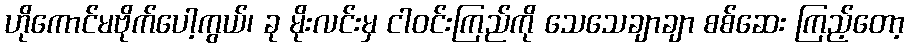
ဟိုကောင်မဗိုက်ပေါ့ကွယ်၊ ခု မိုးလင်းမှ ငါဝင်းကြည်ကို သေသေချာချာ စစ်ဆေး ကြည့်တော့